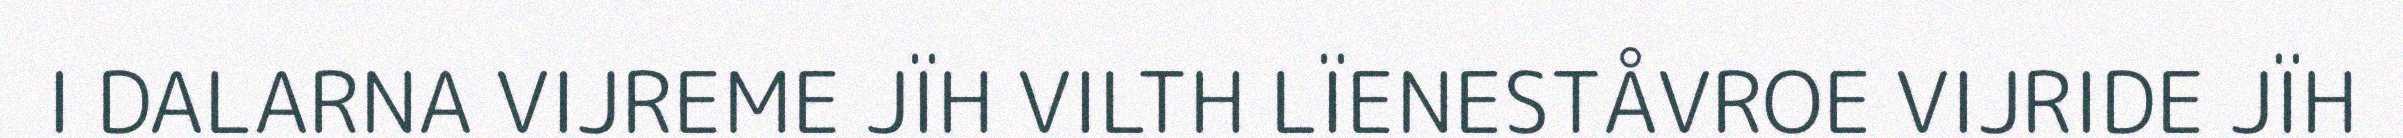
I DALARNA VIJREME JÏH VILTH LÏENESTÅVROE VIJRIDE JÏH